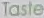
Taste